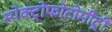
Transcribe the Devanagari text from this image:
स्पेक्ट्रोफोटोमीट्री